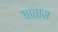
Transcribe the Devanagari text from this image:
वाताम